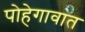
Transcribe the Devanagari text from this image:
पोहेगावात